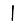
Digit: 1